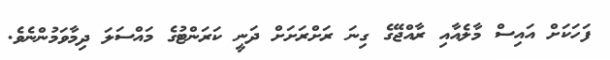
ފަހަކަށް އައިސް މާލެއާއި ރާއްޖޭގެ ގިނަ ރަށްރަށަށް ދަނީ ކަރަންޓުގެ މައްސަލަ ދިމާވަމުންނެވެ.